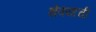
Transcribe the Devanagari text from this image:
शेवयाची